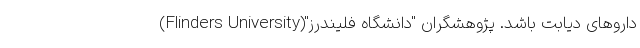
داروهای دیابت باشد. پژوهشگران "دانشگاه فلیندرز"(Flinders University)